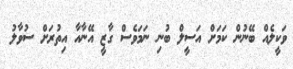
ވަކީލެއް ބޭނުން ކަމަށް އަސީލް ބުނި ނަމަވެސް ގާޒީ އޭނާއާ އިތުރަށް ސުވާލު